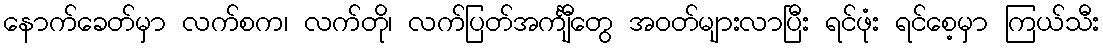
နောက်ခေတ်မှာ လက်စက၊ လက်တို၊ လက်ပြတ်အင်္ကျီတွေ အဝတ်များလာပြီး ရင်ဖုံး ရင်စေ့မှာ ကြယ်သီး